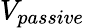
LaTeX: V_{passive}